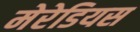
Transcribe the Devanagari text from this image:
मेरेडियस